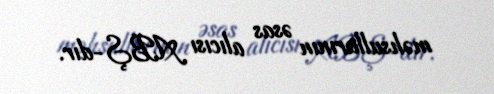
məhsullarının əsas alıcısı ABŞ-dır.